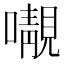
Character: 𡃁